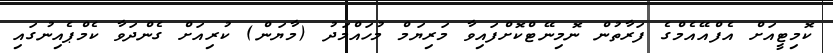
ކޮމިޓީއަށް އެފްއޭއެމްގެ ފަރާތުން ނޮމިނޭޓްކޮށްފައިވާ މަރިޔަމް މުހައްމަދު (މާޔަން) ކުރިއަށް ގެންދަވާ ކެމްޕެއިނުގައި